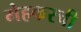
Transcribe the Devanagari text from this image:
मेहकरची